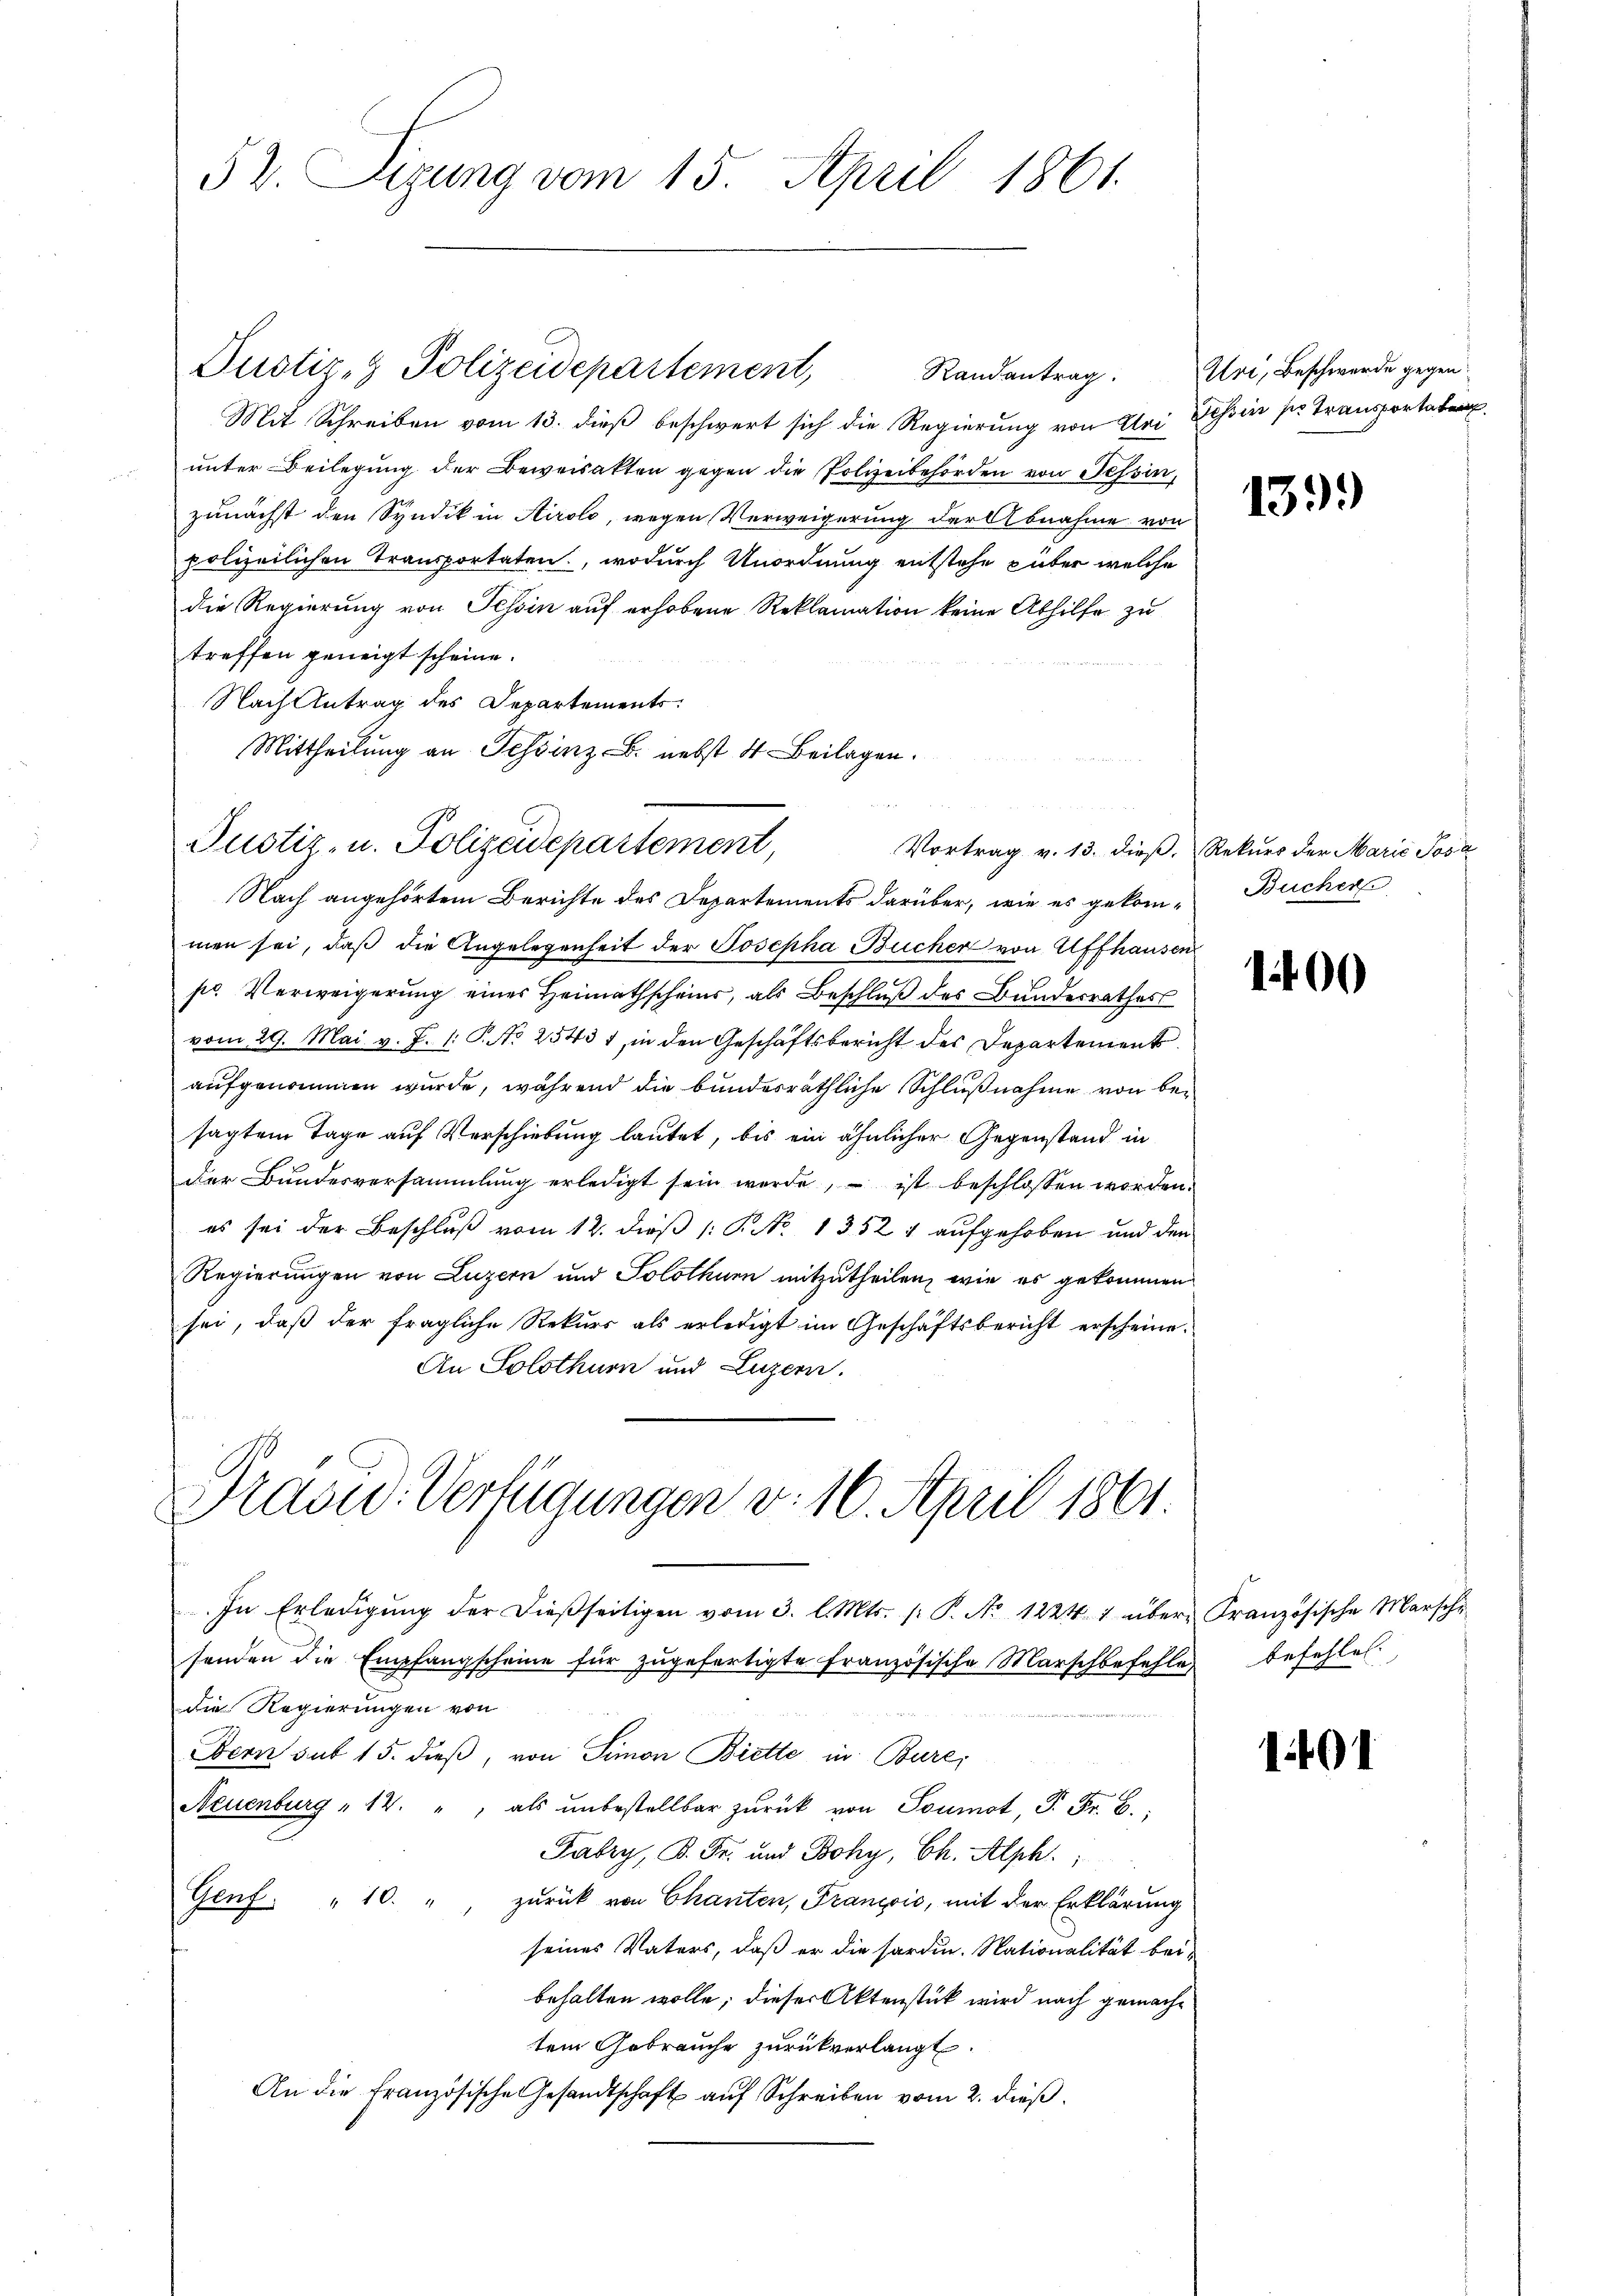
52. Sizung vom 15. April 1861.

Randantrag.
Mit Schreiben vom 13. dieß beschwert sich die Regierung von Bei Tessin ser Transportaben.
unter Beilegung der Beweisakten gegen die Polizeibehörden von Tessin,
zunächst den Syndik in Airolo, wegen Verweigerung der Abnahme von
polizeilichen Transportaten, wodurch Unordnung entstehe über welche
die Regierung von Tessin auf erhobene Reklamation keine Abhilfe zu
treffen geneigt scheine.
Nach Antrag des Departements
Mittheilung an Tessinz B. nebst 4. Beilagen.
Nach angehörtem Berichte des Departements darüber, wie es gekom- Bucher
men sei, daß die Angelegenheit der Josepha Bücher von Affhausen
pr. Verweigerung eines Heimathscheins, als Beschluß des Bundesrathes
vom 29. Mai v. J. 1: P. No 2543 f, in den Geschäftsbericht des Departement
aufgenommen wurde, während die bundesräthliche Schlußnahme von besagtem Tage auf Verschiebung lautet, bis ein ähnlicher Gegenstand in
der Bundesversammlung erledigt sein werde, – ist beschlossen worden.
es sei der Beschluß vom 12. dieß (: P. No 1352 1 aufgehoben und den
Regierungen von Luzern und Solothurn mitzutheilen, wie es gekommen
sei, daβ der fragliche Rekŭrs als erledigt im Geschäftsbericht erscheine.
An Solothurn und Luzern.

Justiz- & Polizeidepartement,

Justiz- u. Polizeidepartement,

Pradu. Verfügungen v. 10. April 1861.

Uri, Beschwerde gegen

In Erledigŭng der dießseitigen vom 3. l. Mts. (: P. Nr. 1224 1 über Französische Marsche
senden die Empfangscheine für zŭgefertigte französische Marschbefehle befehlen.
die Regierungen von
Bern sub 15. dieß, von Simon Biette in Bure;
Neuenburg " 12. " als ŭnbestellbar zŭrück von Soumot, P. Fr. B.
Fabry, B. Fr. und Bohy, Ch. Alph.
10.
zurück von Chanten, Francois, mit der Erklärung
Nach
seines Vaters, daß er die Sardin. Nationalität bei-
behalten wolle; dieser Aktenstück wird nach gemachtem Gebrauche zurückverlangt.
An die französische Gesandtschaft auf Schreiben vom 2. dieß.

1399

Vortrag v. 13. dieß, Rekurs der Marie Post

1400

1401